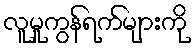
လူမှုကွန်ရက်များကို